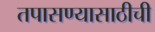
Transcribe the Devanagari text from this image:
तपासण्यासाठीची